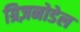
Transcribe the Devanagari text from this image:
ग्रिज़नोडेल